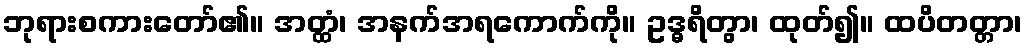
ဘုရားစကားတော်၏။ အတ္ထံ၊ အနက်အရကောက်ကို။ ဥဒ္ဓရိတွာ၊ ထုတ်၍။ ထပိတတ္တာ၊